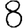
Digit: 8